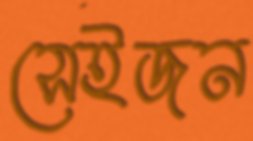
সেইজন